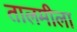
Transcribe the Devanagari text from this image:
तालमीला